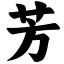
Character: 芳